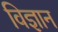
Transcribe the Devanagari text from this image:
विज्ञान